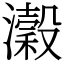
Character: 瀔